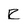
Character: R